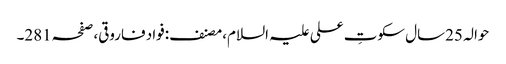
حوالہ 25سال سکوتِ علی علیہ السلام،مصنف:فواد فاروقی،صفحہ281۔